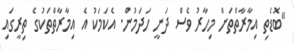
"ބޮޑެތި އިމާރާތްތަށް މިހާރު ވެސް ދަނީ ހަދަމުން. އެކަމަކު އެ އިމާރާތްތަކުގެ ތިރީގައި